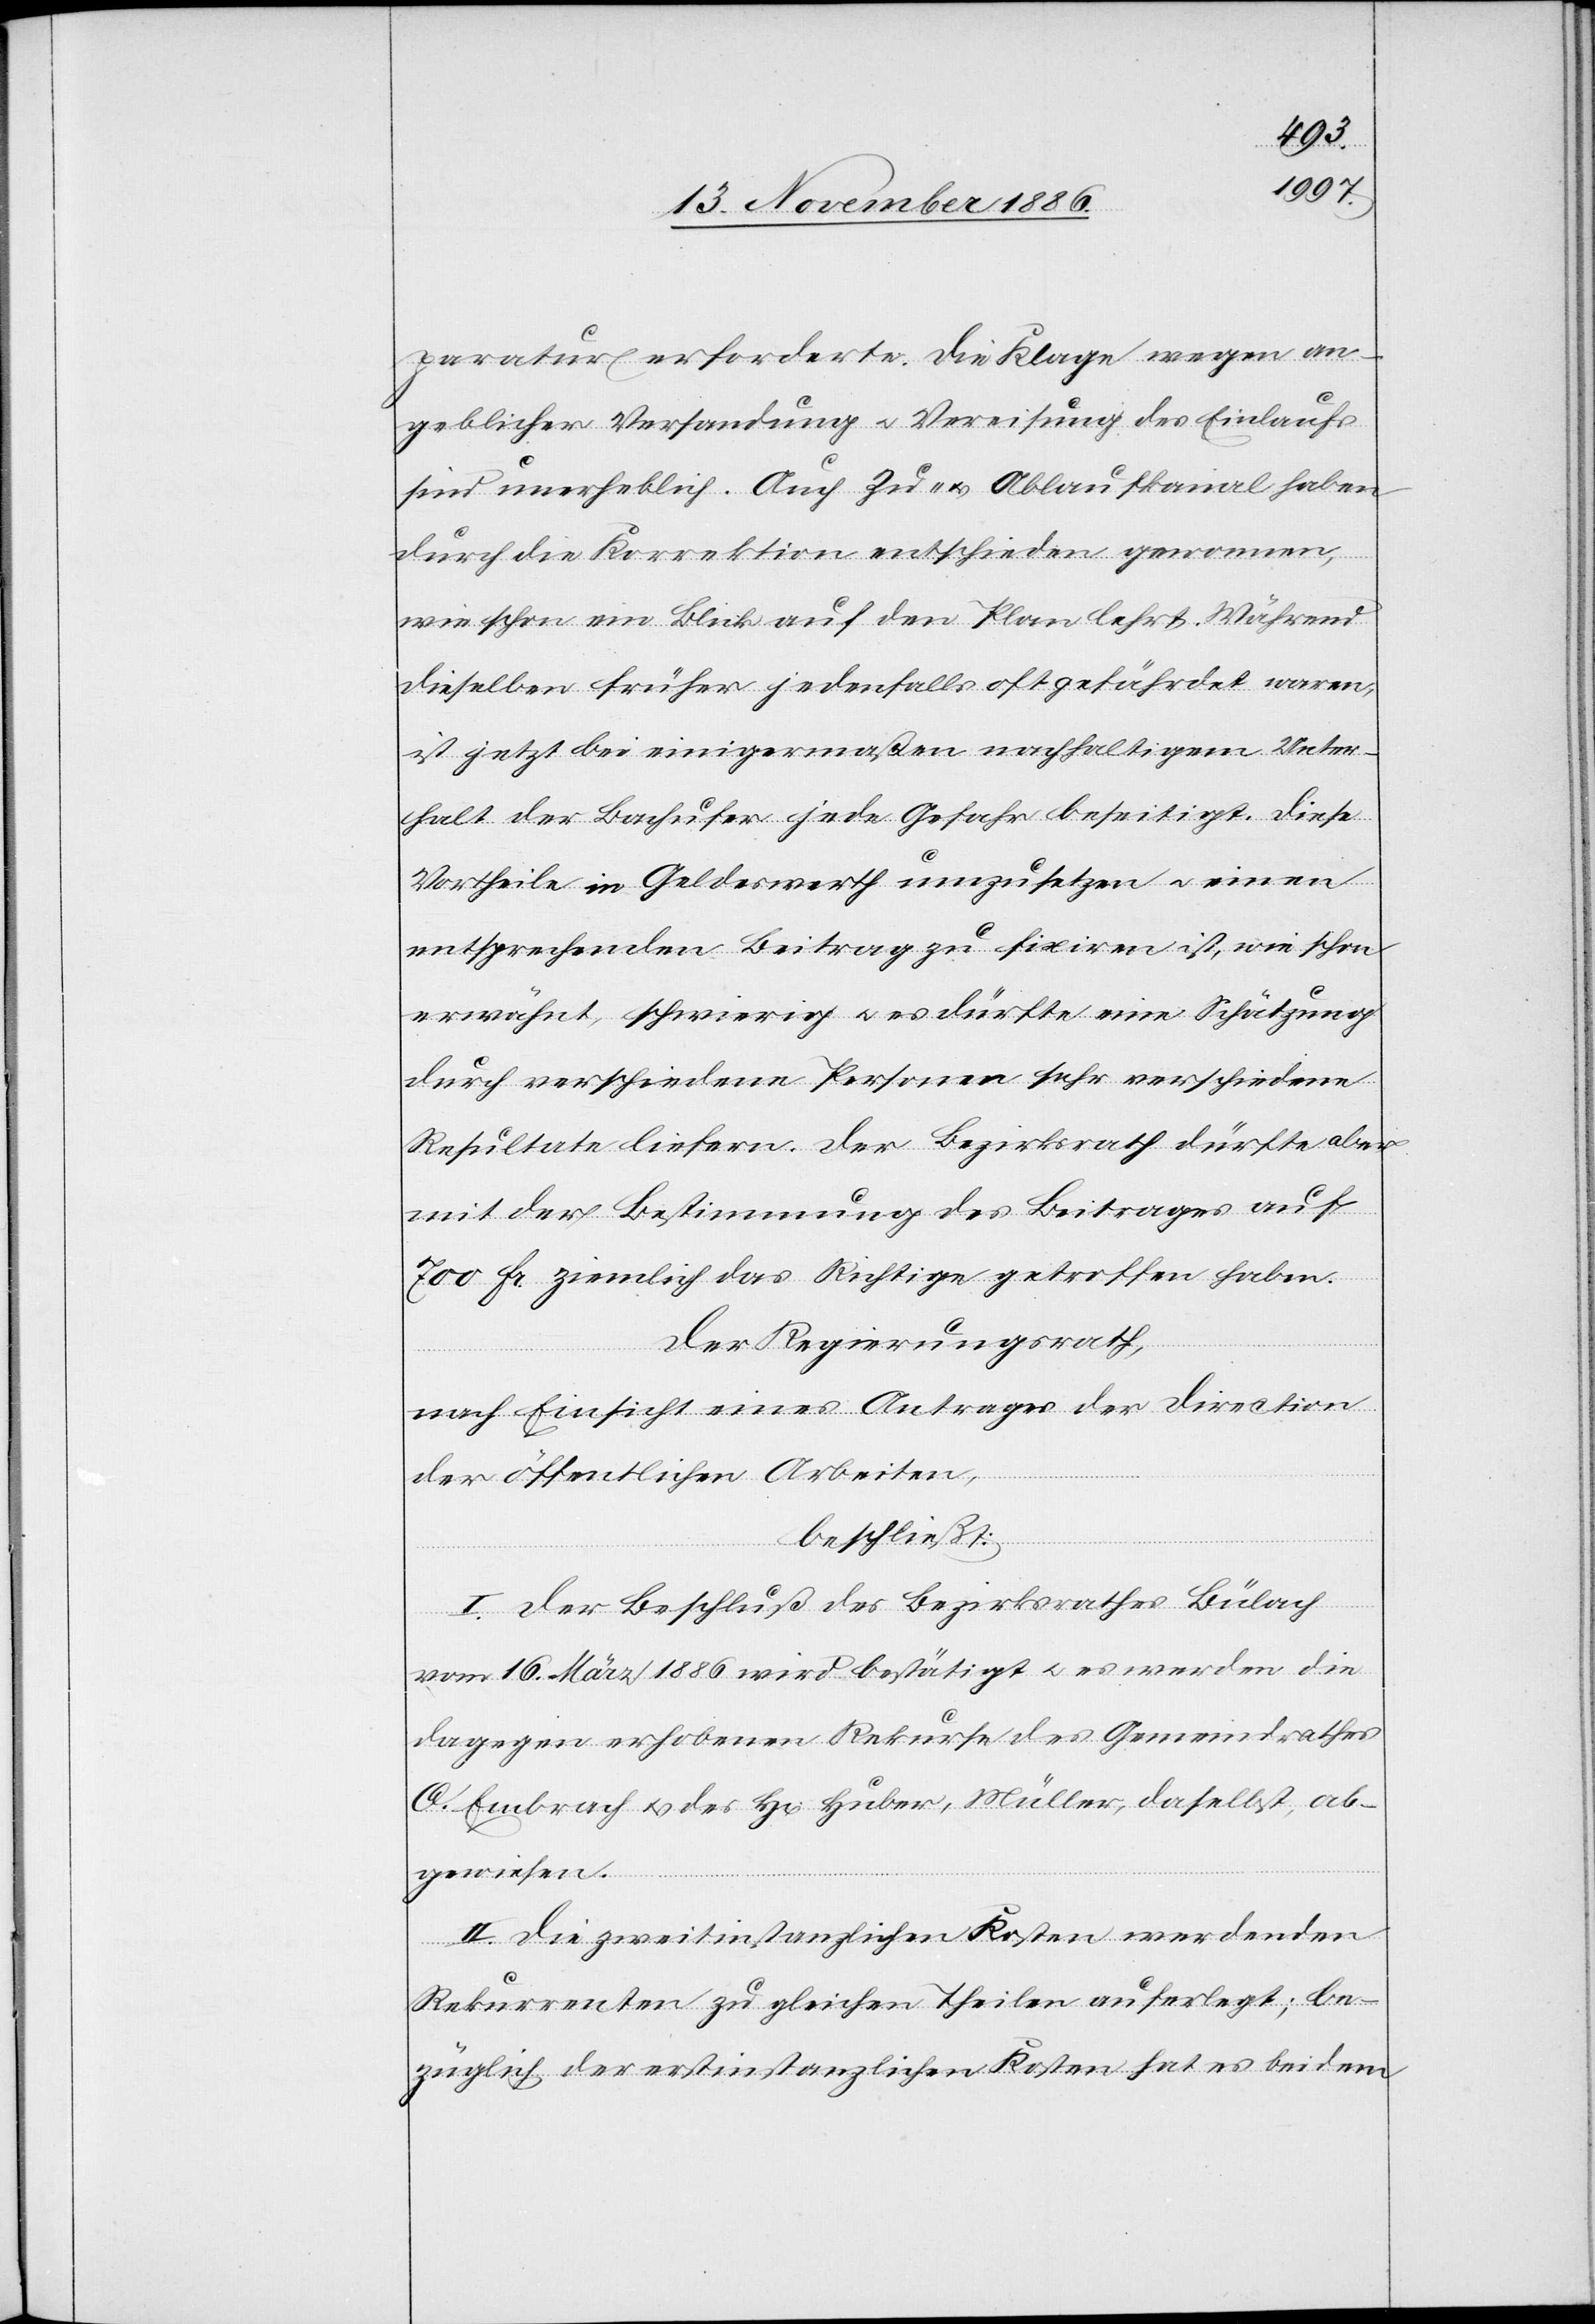
paratur erforderte. Die Klage[n] wegen an¬
geblicher Versandung & Vereisung des Einlaufs
sind unerheblich. Auch Zu- & Ablaufkanal haben
durch die Korrektion entschieden gewonnen,
wie schon ein Blick auf den Plan lehrt. Während
dieselben früher jedenfalls oft gefährdet waren,
ist jetzt bei einigermaßen nachhaltigem Unter¬
halt der Bachufer jede Gefahr beseitigt. Diese
Vortheile in Geldeswerth umzusetzen & einen
entsprechenden Beitrag zu fixiren ist, wie schon
erwähnt, schwierig & es dürfte eine Schätzung
durch verschiedene Personen sehr verschiedene
Resultate liefern. Der Bezirksrath dürfte aber
mit der Bestimmung des Beitrages auf
700 Fr. ziemlich das Richtige getroffen haben.
Der Regierungsrath,
nach Einsicht eines Antrages der Direction
der öffentlichen Arbeiten,
beschließt:
I. Der Beschluß des Bezirksrathes Bülach
vom 16. März 1886 wird bestätigt & es werden die
dagegen erhobenen Rekurse des Gemeindrathes
O. Embrach & des H[errn] Huber, Müller, daselbst, ab¬
gewiesen.
II. Die zweitinstanzlichen Kosten werden den
Rekurrenten zu gleichen Theilen auferlegt; be¬
züglich der erstinstanzlichen Kosten hat es bei dem